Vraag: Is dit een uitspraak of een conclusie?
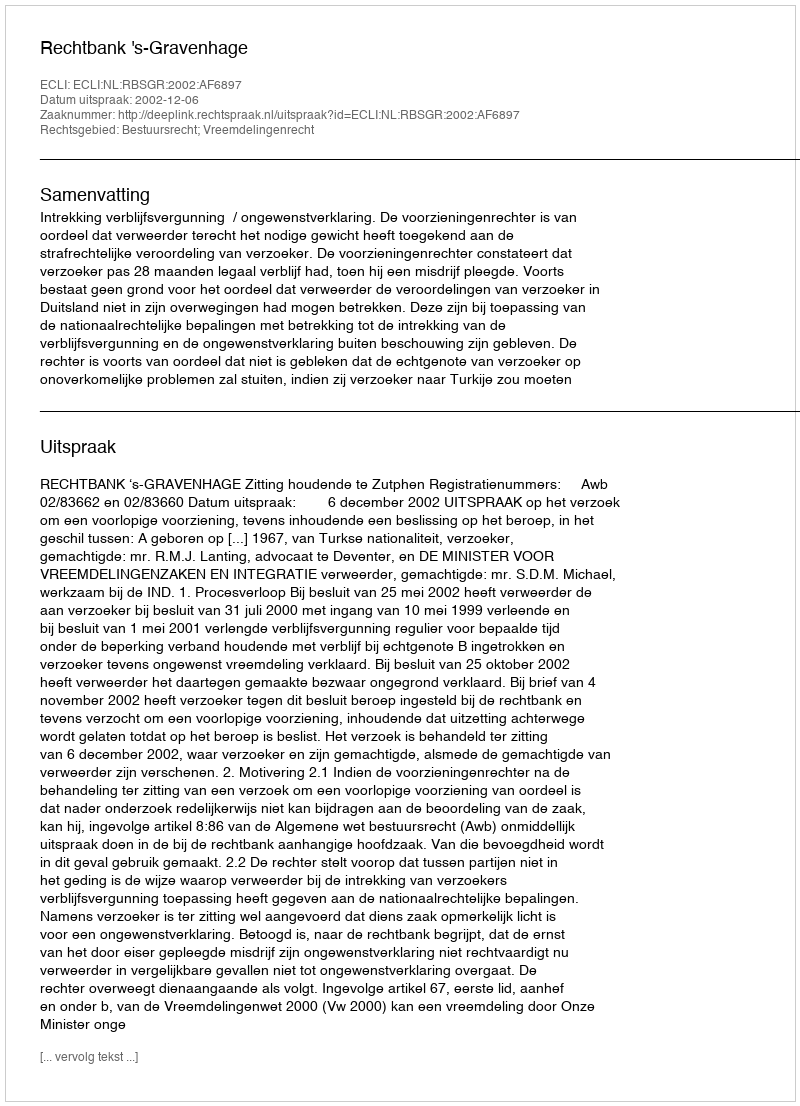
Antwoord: Uitspraak